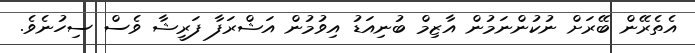
އެތެރޭން ބޭރަށް ނުކުންނަމުން އާޒިމް ބުނިއަޑު އިވުމުން އަޝްރަފާ ފަރީޝާ ވެސް ސިހުނެވެ.